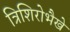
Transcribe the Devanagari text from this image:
त्रिशिरोभैखे